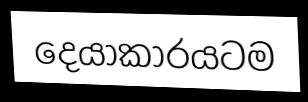
දෙයාකාරයටම